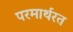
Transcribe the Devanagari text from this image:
परमार्थरत